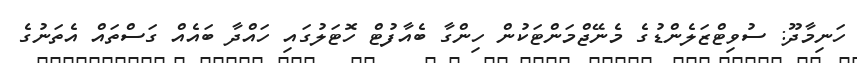
ހަނިމާދޫ: ސުވިޓްޒަލެންޑުގެ މެނޭޖްމަންޓަކުން ހިންގާ ބެއާފުޓް ހޮޓަލުގައި ހައްދާ ބައެއް ގަސްތައް އެތަނުގެ